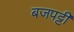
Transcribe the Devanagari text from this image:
बजपट्टी